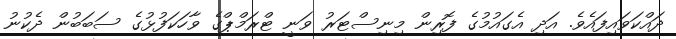
ދައްކަވައިފައެވެ. އަދި އެގައުމުގެ ފޮރިން މިނިސްޓަރު ވަނީ ޓްރަމްޕްގެ ވާހަކަފުޅުގެ ސަބަބުން ދެކުނު